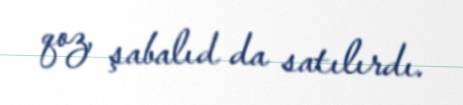
qoz, şabalıd da satılırdı.